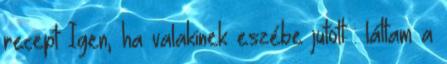
recept Igen, ha valakinek eszébe jutott : láttam a